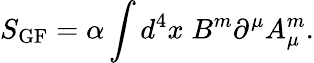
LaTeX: S_{\mathrm{GF}}=\alpha\int d^{4}x\; B^{m}\partial^{\mu}A_{\mu}^{m}.